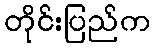
တိုင်းပြည်က